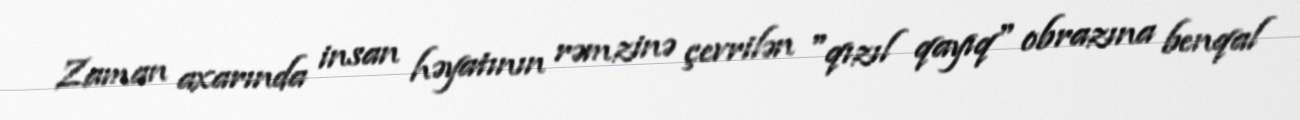
Zaman axarında insan həyatının rəmzinə çevrilən "qızıl qayıq" obrazına benqal